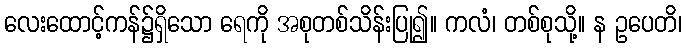
လေးထောင့်ကန်၌ရှိသော ရေကို အစုတစ်သိန်းပြု၍။ ကလံ၊ တစ်စုသို့။ န ဥပေတိ၊